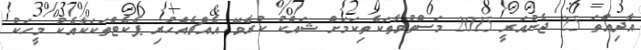
އާދިއްތަ 25 ޖެނުއަރީ 2015 މަސްތުވާތަކެތިކަމަށް ޝައްކު ކުރެވޭ އެއްޗެއްހުރި ޕެކެޓްތަކަކާއެކު މީހަކު